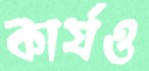
কার্যও